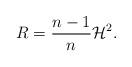
LaTeX: \begin{align*}R=\frac{n-1}{n}\mathcal{H}^2.\end{align*}